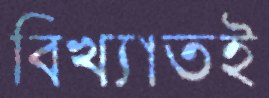
বিখ্যাতই